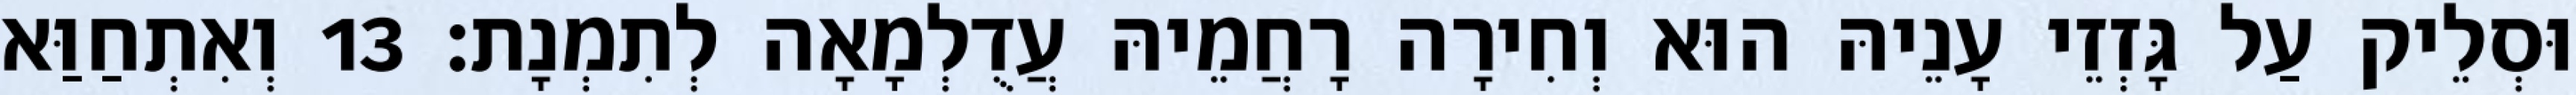
וּסְלֵיק עַל גָּזְזֵי עָנֵיהּ הוּא וְחִירָה רָחֲמֵיהּ עֲדֻלְמָאָה לְתִמְנָת׃ 13 וְאִתְחַוַּא